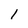
Character: l